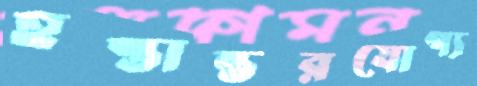
হস্তান্তরযোগ্য